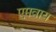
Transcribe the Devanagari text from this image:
एमवाय